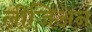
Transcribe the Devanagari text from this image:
लीजिअन